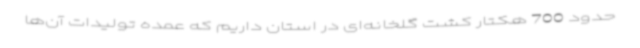
حدود 700 هکتار کشت گلخانه‌ای در استان داریم که عمده تولیدات آن‌ها